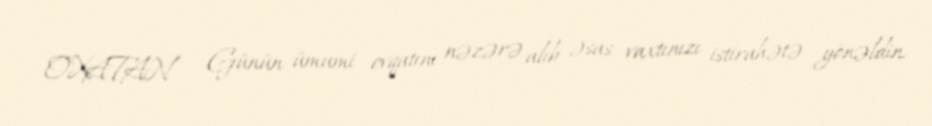
OXATAN - Günün ümumi ovqatını nəzərə alıb əsas vaxtınızı istirahətə yönəldin.